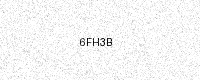
Text: 6FH3B